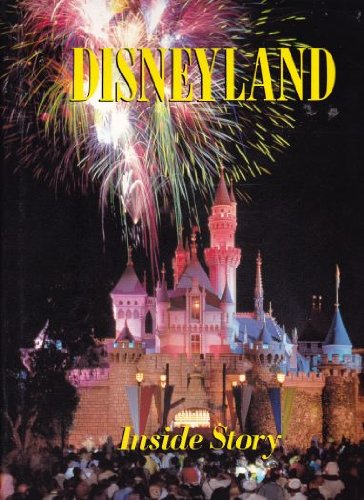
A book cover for Disneyland: Inside Story; Randy Bright; Business & Money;